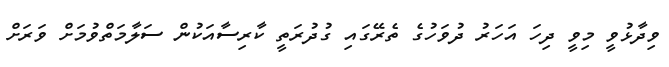
ވިދާޅުވީ މިވީ ދިހަ އަހަރު ދުވަހުގެ ތެރޭގައި ގުދުރަތީ ކާރިސާއަކުން ސަލާމަތްވުމަށް ވަރަށް